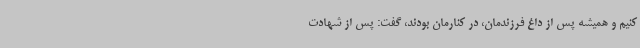
کنیم و همیشه پس از داغ فرزندمان، در کنارمان بودند، گفت: پس از شهادت